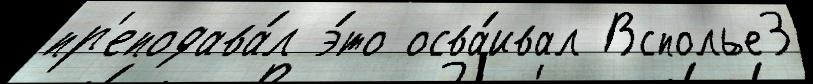
пр'еподава́л э́то осва́ивал Всполье3